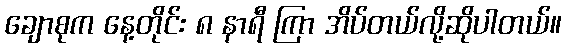
ချောစုက နေ့တိုင်း ၈ နာရီ ကြာ အိပ်တယ်လို့ဆိုပါတယ်။